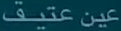
عين عتيق